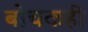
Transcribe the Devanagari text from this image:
बोचकही